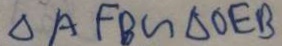
\Delta A F B \sim \Delta O E B